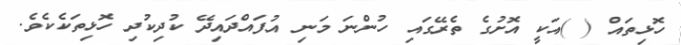
ހޮޅިތައް ( )އަކީ އޮށުގެ ތެރޭގައި ހުންނަ މަނި އުފައްދައިދޭ ކުދިކުދި ހޮޅިތަކެކެވެ.